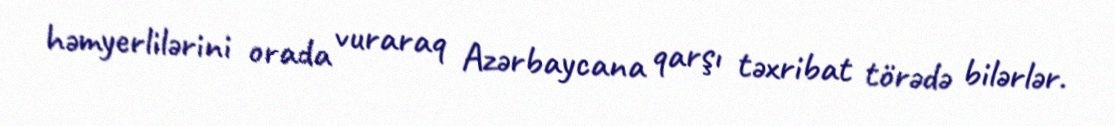
həmyerlilərini orada vuraraq Azərbaycana qarşı təxribat törədə bilərlər.